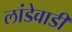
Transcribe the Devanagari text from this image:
लांडेवाडी